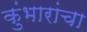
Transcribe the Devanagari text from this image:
कुंभारांचा